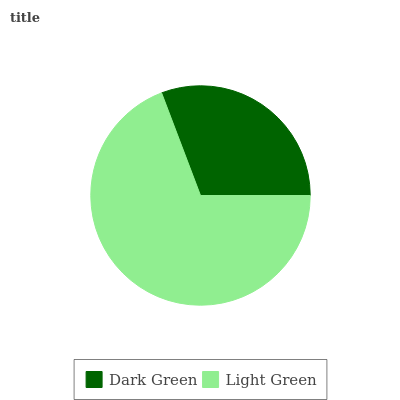
| Dark Green | Light Green |
 | --- | --- |
 | 30.7% | 69.3% |